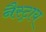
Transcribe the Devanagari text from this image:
नैस्ट्राय